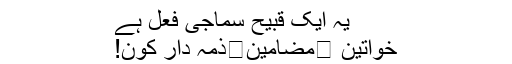
یہ ایک قبیح سماجی فعل ہے
خواتین ⬅مضامین⬅ذمہ دار کون!